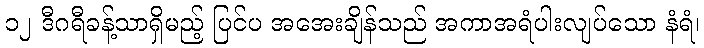
၁၂ ဒီဂရီခန့်သာရှိမည့် ပြင်ပ အအေးချိန်သည် အကာအရံပါးလျပ်သော နံရံ၊